Source: Handwritten
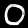
Digit: ၀ (0)